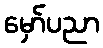
မှော်ပညာ